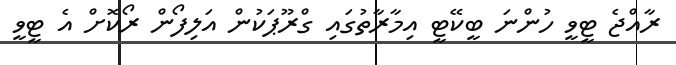
ރާއްޖެ ޓީވީ ހުންނަ ބީކޭޓީ އިމާރާތުގައި ގްރޫޕަކުން އަލިފޯން ރޯކޮށް އެ ޓީވީ